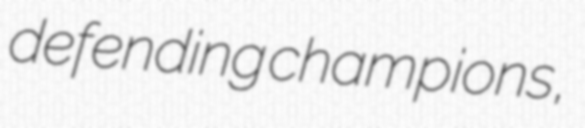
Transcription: defending champions,